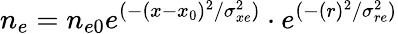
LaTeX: n_{e}=n_{e0}e^{(-(x-x_{0})^{2}/\sigma_{xe}^{2})}\cdot e^{(-(r)^{2}/\sigma_{re}^{2})}